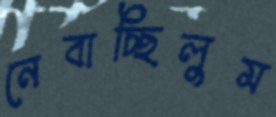
নেবাচ্ছিলুম